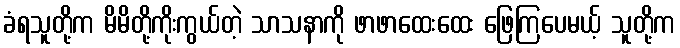
ခံရသူတို့က မိမိတို့ကိုးကွယ်တဲ့ သာသနာကို ဖာဖာထေးထေး ဖြေကြပေမယ့် သူတို့က